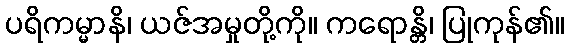
ပရိကမ္မာနိ၊ ယဇ်အမှုတို့ကို။ ကရောန္တိ၊ ပြုကုန်၏။